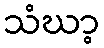
သံဃာ့